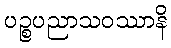
ပဉ္စပညာသဝဿာနိ